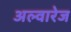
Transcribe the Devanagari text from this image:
अल्वारेज